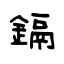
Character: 鎘